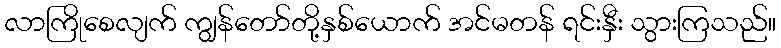
လာကြိုစေလျက် ကျွန်တော်တို့နှစ်ယောက် အင်မတန် ရင်းနှီး သွားကြသည်။